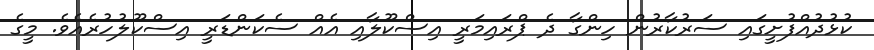
ކުޅުދުއްފުށީގައި ސަރުކާރުން ހިންގާ ދެ ޕްރައިމަރީ އިސްކޫލާއި އެއް ސެކަންޑަރީ އިސްކޫލުހުރެއެވެ. މީގެ